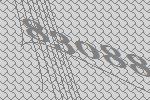
83088